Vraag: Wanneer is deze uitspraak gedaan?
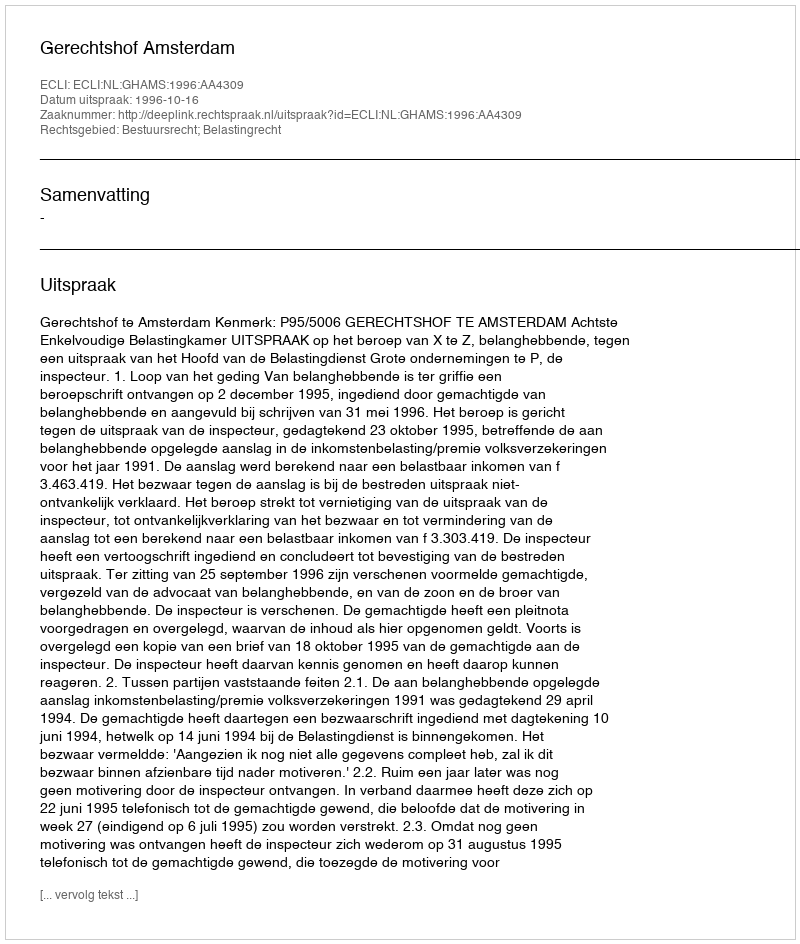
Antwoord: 1996-10-16